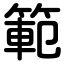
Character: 範